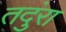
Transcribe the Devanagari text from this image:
तदुंरा